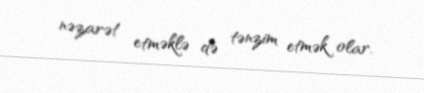
nəzarət etməklə də tənzim etmək olar.